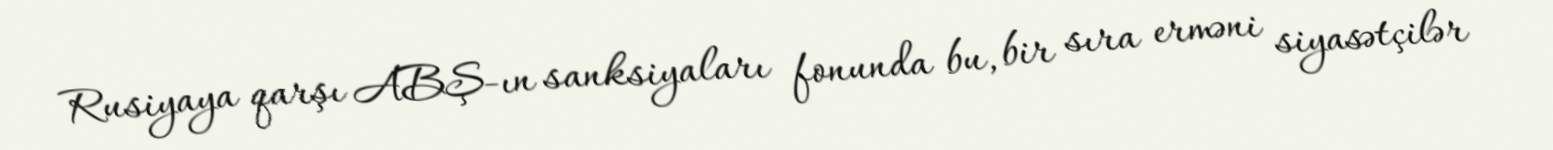
Rusiyaya qarşı ABŞ-ın sanksiyaları fonunda bu, bir sıra erməni siyasətçilər